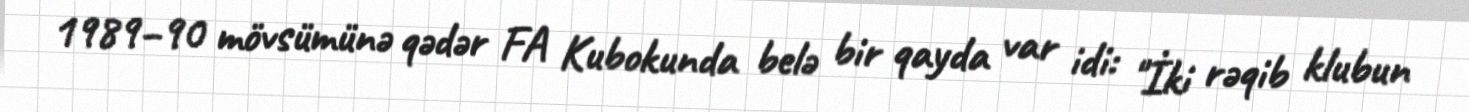
1989–90 mövsümünə qədər FA Kubokunda belə bir qayda var idi: "İki rəqib klubun